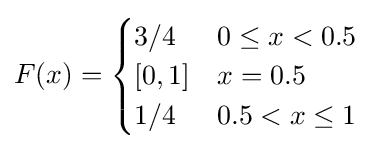
F(x)={\begin{cases}3/4&0\leq x<0.5\\\left[0,1\right]&x=0.5\\1/4&0.5<x\leq 1\end{cases}}